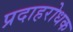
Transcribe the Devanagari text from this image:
प्रदाहरोधक